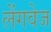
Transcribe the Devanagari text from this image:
लेंगवेज